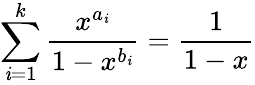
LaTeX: \sum\limits_{\mathit{i}=1}^{k}\frac{{x^{a_{\mathit{i}}}}}{{1-x^{b_{\mathit{i}}}}}=\frac{{1}}{{1-x}}